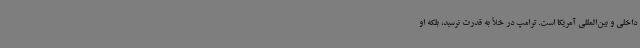
داخلی و بین‌المللی آمریکا است. ترامپ در خلأ به قدرت نرسید، بلکه او